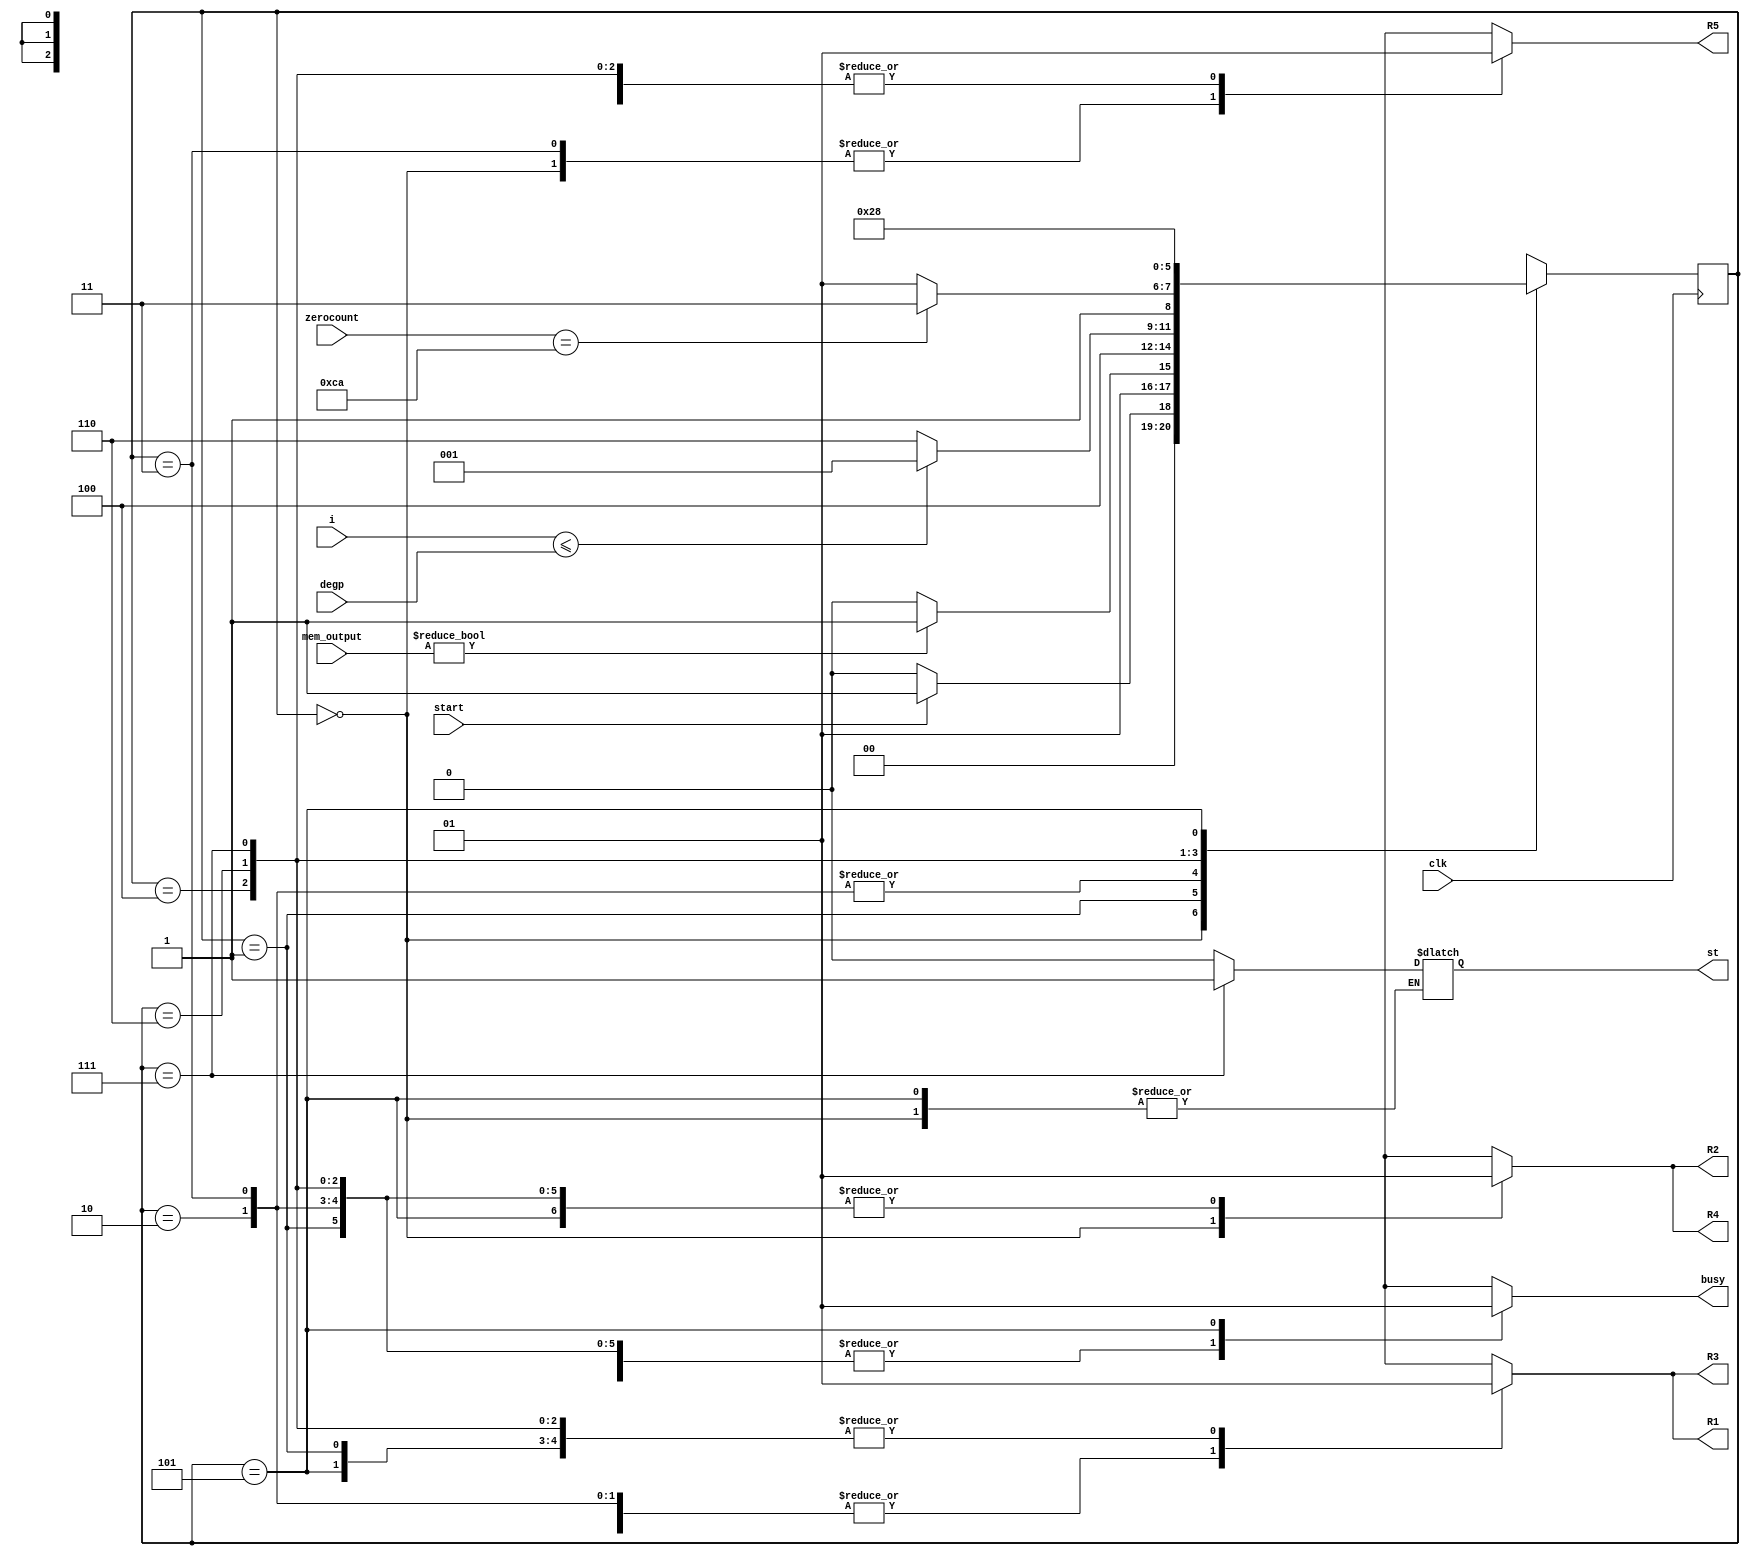
`timescale 1ns / 1ps
//////////////////////////////////////////////////////////////////////////////////
// Company: 
// Engineer: 
// 
// Design Name: 
// Module Name: Lift_poly_FSM
// Project Name: 
// Target Devices: 
// Tool Versions: 
// Description: 
// 
// Dependencies: 
// 
// Revision:
// Revision 0.01 - File Created
// Additional Comments:
// 
//////////////////////////////////////////////////////////////////////////////////


module Lift_poly_FSM(
    input clk,
    input start,
    input [10:0] mem_output,
    input [10:0] degp,
    input [10:0] i, zerocount,    
    output reg R1, R2, R3, R4, R5,
    output reg busy, st
    );
    
    parameter p=12'd677;
    parameter t=7'd101;
    parameter Inicio = 3'b000;
    parameter preg1 =3'b001;
    parameter Fp= 3'b010;
    parameter Tp= 3'b011;
    parameter preg2=3'b100;
    parameter preg3=3'b110;
    parameter as1=3'b111;
    parameter salida=3'b101;


    reg [2:0] presente = Inicio; // Registro de Estado - Valor inicial
    reg [2:0] futuro;            // Entrada del registro de Estado

    // Registro de estado 
    always @(posedge clk)
        presente <= futuro;

    // Lgica del estado siguiente
    always @(presente, mem_output, i, zerocount, degp,start, p, t)
        case (presente)
            Inicio :
                if(start)
                    futuro <= preg1;            
                else
                    futuro <= Inicio;
            preg1:
                if(mem_output!=12'd0)
                    futuro <= Tp;                  
                else
                    futuro <= Fp;
            Fp:
                futuro <= preg2;
            Tp:
                futuro<= preg2;
            preg2:
                if(i<=degp)
                    futuro <= preg1;                  
                else
                    futuro <= preg3;
            preg3:
                if(zerocount==2*t)
                    futuro <= as1;                  
                else
                    futuro <= salida;
            as1:
                futuro <= salida;          
            salida:
                futuro <= Inicio;
            default:
                futuro <= Inicio;
        endcase
    
    // Lgica de salida
    always @(presente)
        case (presente)
            Inicio : begin
                R1 <= 1'b0;
                R2 <= 1'b0;
                R3 <= 1'b0;
                R4 <= 1'b0;
                R5 <= 1'b0;
                st <= st;
                busy <= 1'b0;
            end
            preg1 : begin
                R1 <= 1'b1;
                R2 <= 1'b1;
                R3 <= 1'b1;
                R4 <= 1'b1;
                R5 <= 1'b1;
                st <= 1'b0;
                busy <= 1'b0;
            end
            Fp: begin
                R1 <= 1'b0;
                R2 <= 1'b1;
                R3 <= 1'b0;
                R4 <= 1'b1;
                R5 <= 1'b1;
                st <= 1'b0;
                busy <= 1'b0;
            end
            Tp: begin
                R1 <= 1'b0;
                R2 <= 1'b1;
                R3 <= 1'b0;
                R4 <= 1'b1;
                R5 <= 1'b0;
                st <= 1'b0;
                busy <= 1'b0;
            end
            preg2: begin
                R1 <= 1'b1;
                R2 <= 1'b1;
                R3 <= 1'b1;
                R4 <= 1'b1;
                R5 <= 1'b1;
                st <= 1'b0;
                busy <= 1'b0;
            end
            preg3: begin
                R1 <= 1'b1;
                R2 <= 1'b1;
                R3 <= 1'b1;
                R4 <= 1'b1;
                R5 <= 1'b1;
                st <= 1'b0;
                busy <= 1'b0;
            end
            as1: begin
                R1 <= 1'b1;
                R2 <= 1'b1;
                R3 <= 1'b1;
                R4 <= 1'b1;
                R5 <= 1'b1;
                st <= 1'b1;
                busy <= 1'b0;
            end
            salida: begin
                R1 <= 1'b1;
                R2 <= 1'b1;
                R3 <= 1'b1;
                R4 <= 1'b1;
                R5 <= 1'b1;
                st <= st;
                busy <= 1'b1;
            end 
            default: begin
                R1 <= 1'b0;
                R2 <= 1'b0;
                R3 <= 1'b0;
                R4 <= 1'b0;
                R5 <= 1'b0;
                st <= st;
                busy <= 1'b0;
             end 
     endcase
endmodule